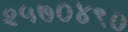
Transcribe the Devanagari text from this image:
२५७०४९०